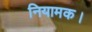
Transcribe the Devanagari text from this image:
नियामक।